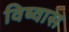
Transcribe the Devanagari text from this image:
विष्वास